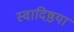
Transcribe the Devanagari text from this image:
स्वादिष्ठया